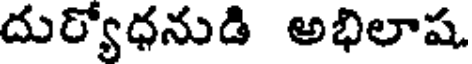
దుర్యోధనుడి అభిలాష.